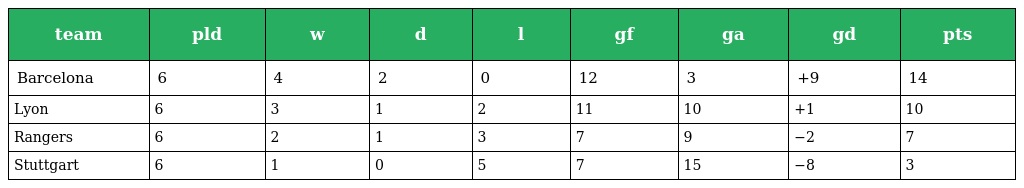
| team | pld | w | d | l | gf | ga | gd | pts |
 | --- | --- | --- | --- | --- | --- | --- | --- | --- |
 | Barcelona | 6 | 4 | 2 | 0 | 12 | 3 | +9 | 14 |
 | Lyon | 6 | 3 | 1 | 2 | 11 | 10 | +1 | 10 |
 | Rangers | 6 | 2 | 1 | 3 | 7 | 9 | −2 | 7 |
 | Stuttgart | 6 | 1 | 0 | 5 | 7 | 15 | −8 | 3 |